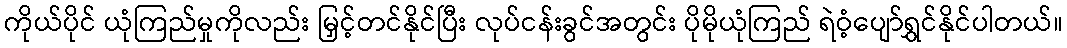
ကိုယ်ပိုင် ယုံကြည်မှုကိုလည်း မြှင့်တင်နိုင်ပြီး လုပ်ငန်းခွင်အတွင်း ပိုမိုယုံကြည် ရဲဝံ့ပျော်ရွှင်နိုင်ပါတယ်။